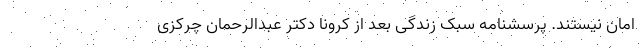
امان نیستند. پرسشنامه سبک زندگی بعد از کرونا دکتر عبدالرحمان چرکزی